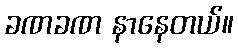
ခဏခဏ နာနေတယ်။